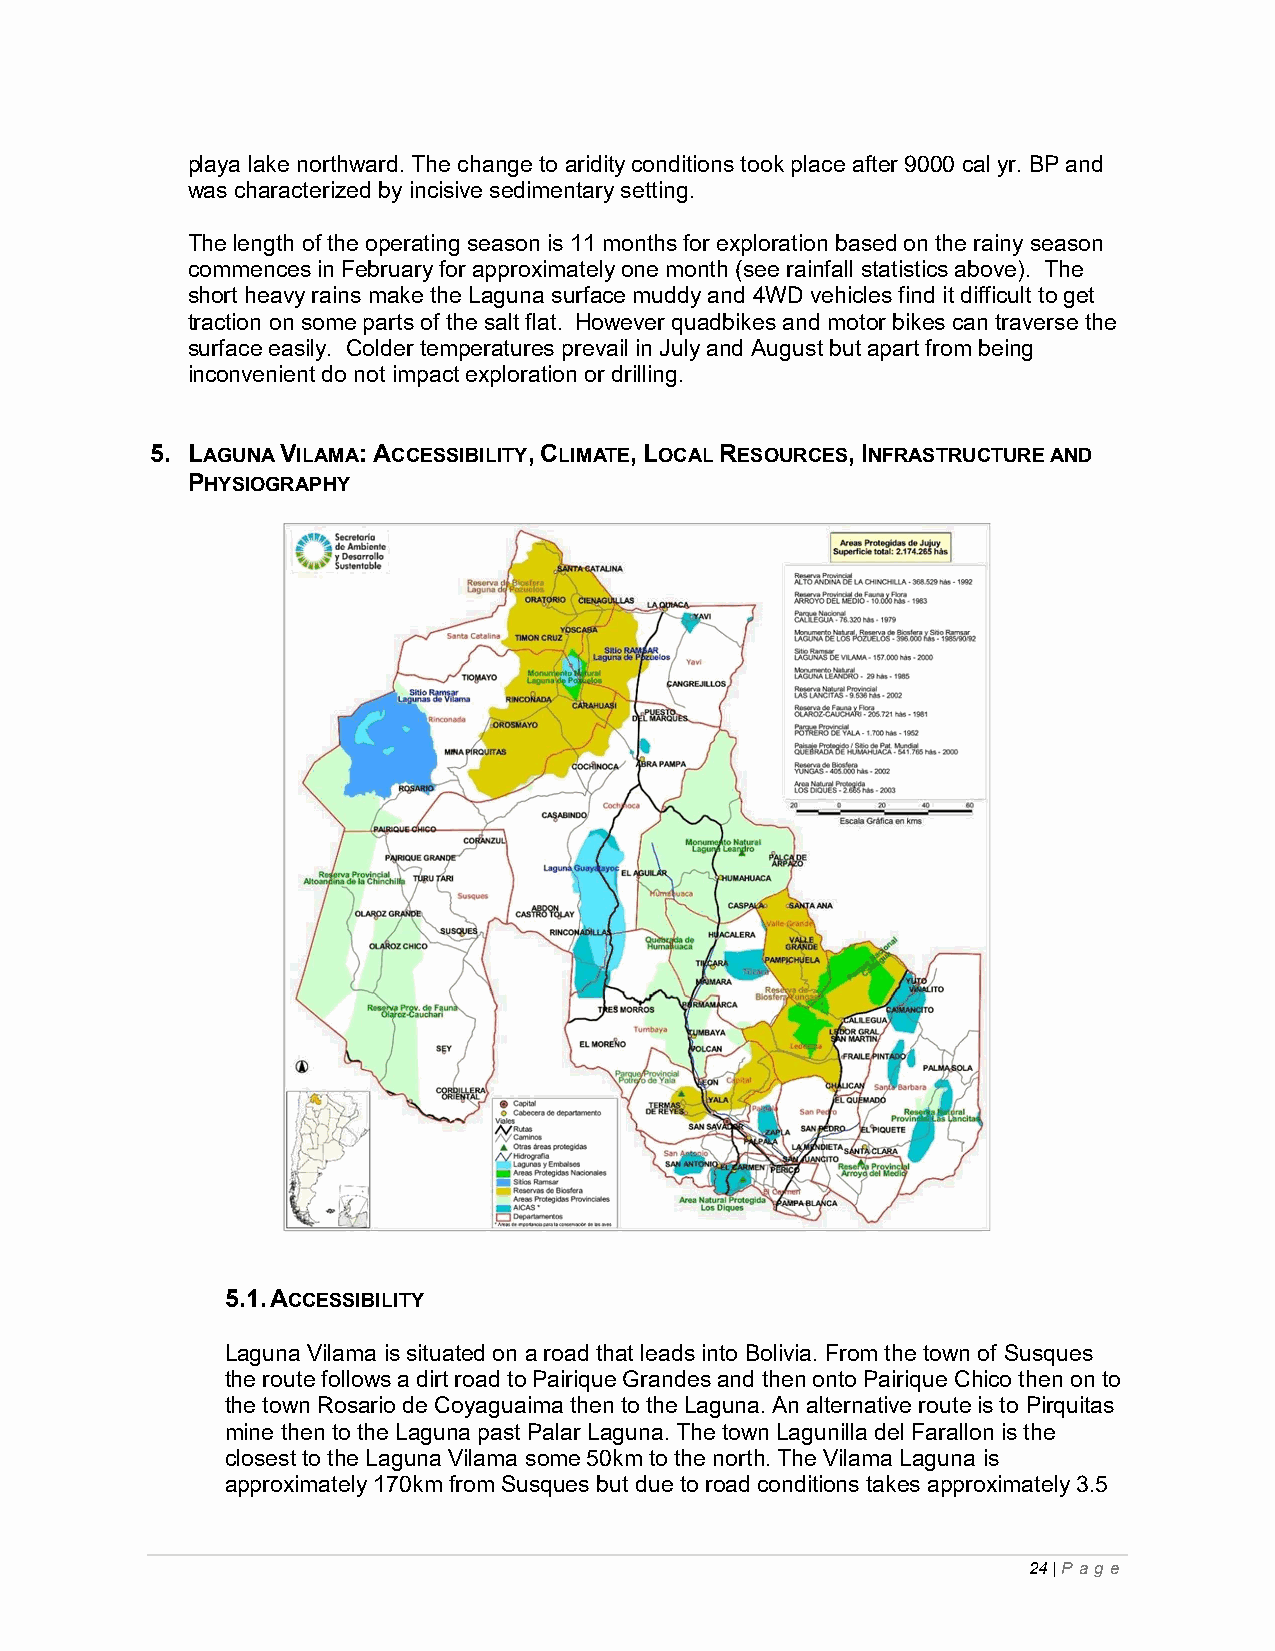
playa lake northward. The change to aridity conditions took place after 9000 cal yr. BP and
 was characterized by incisive sedimentary setting.
 The length of the operating season is 11 months for exploration based on the rainy season
 commences in February for approximately one month (see rainfall statistics above). The
 short heavy rains make the Laguna surface muddy and 4WD vehicles find it difficult to get
 traction on some parts of the salt flat. However quadbikes and motor bikes can traverse the
 surface easily. Colder temperatures prevail in July and August but apart from being
 inconvenient do not impact exploration or drilling.
 5. LAGUNA VILAMA: ACCESSIBILITY, CLIMATE, LOCAL RESOURCES, INFRASTRUCTURE AND
 PHYSIOGRAPHY
 5.1. ACCESSIBILITY
 Laguna Vilama is situated on a road that leads into Bolivia. From the town of Susques
 the route follows a dirt road to Pairique Grandes and then onto Pairique Chico then on to
 the town Rosario de Coyaguaima then to the Laguna. An alternative route is to Pirquitas
 mine then to the Laguna past Palar Laguna. The town Lagunilla del Farallon is the
 closest to the Laguna Vilama some 50km to the north. The Vilama Laguna is
 approximately 170km from Susques but due to road conditions takes approximately 3.5
 24 | P ag e